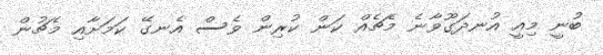
ބުނީ މިއީ އުނދަގޫވާނެ މެޗެއް ކަން ކުރިން ވެސް އެނގޭ ކަމަށާއި މެޗުން